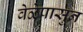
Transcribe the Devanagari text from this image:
वेळेपासुन